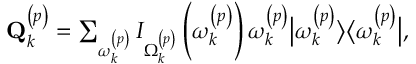
\begin{array} { r } { \mathbf { Q } _ { k } ^ { \left( p \right) } = \sum _ { \omega _ { k } ^ { \left( p \right) } } I _ { \Omega _ { k } ^ { \left( p \right) } } \left( \omega _ { k } ^ { \left( p \right) } \right) \omega _ { k } ^ { \left( p \right) } \big \vert \omega _ { k } ^ { \left( p \right) } \big \rangle \big \langle \omega _ { k } ^ { \left( p \right) } \big \vert , } \end{array}